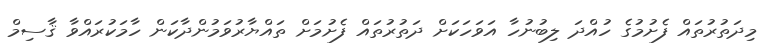
މިދަތުރުތައް ފެށުމުގެ ހުއްދަ ލިބުނުހާ އަވަހަކަށް ދަތުރުތައް ފެށުމަށް ތައްޔާރުވަމުންދާކަން ހާމަކުރައްވާ ޤާސިމް